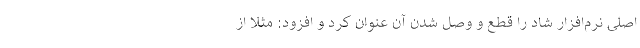
اصلی نرم‌افزار شاد را قطع و وصل شدن آن عنوان کرد و افزود: مثلاً از